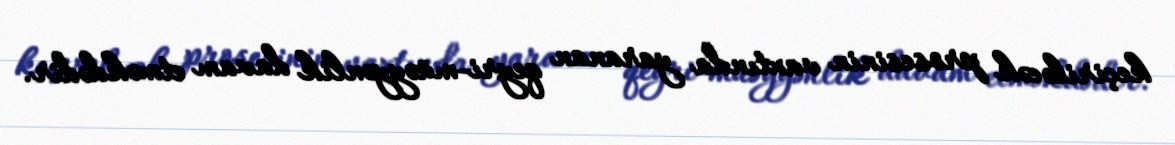
keçiriləcək prosesinin vaxtında yaranan qeyri-müəyyənlik davam etməkdədir.